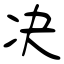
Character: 决